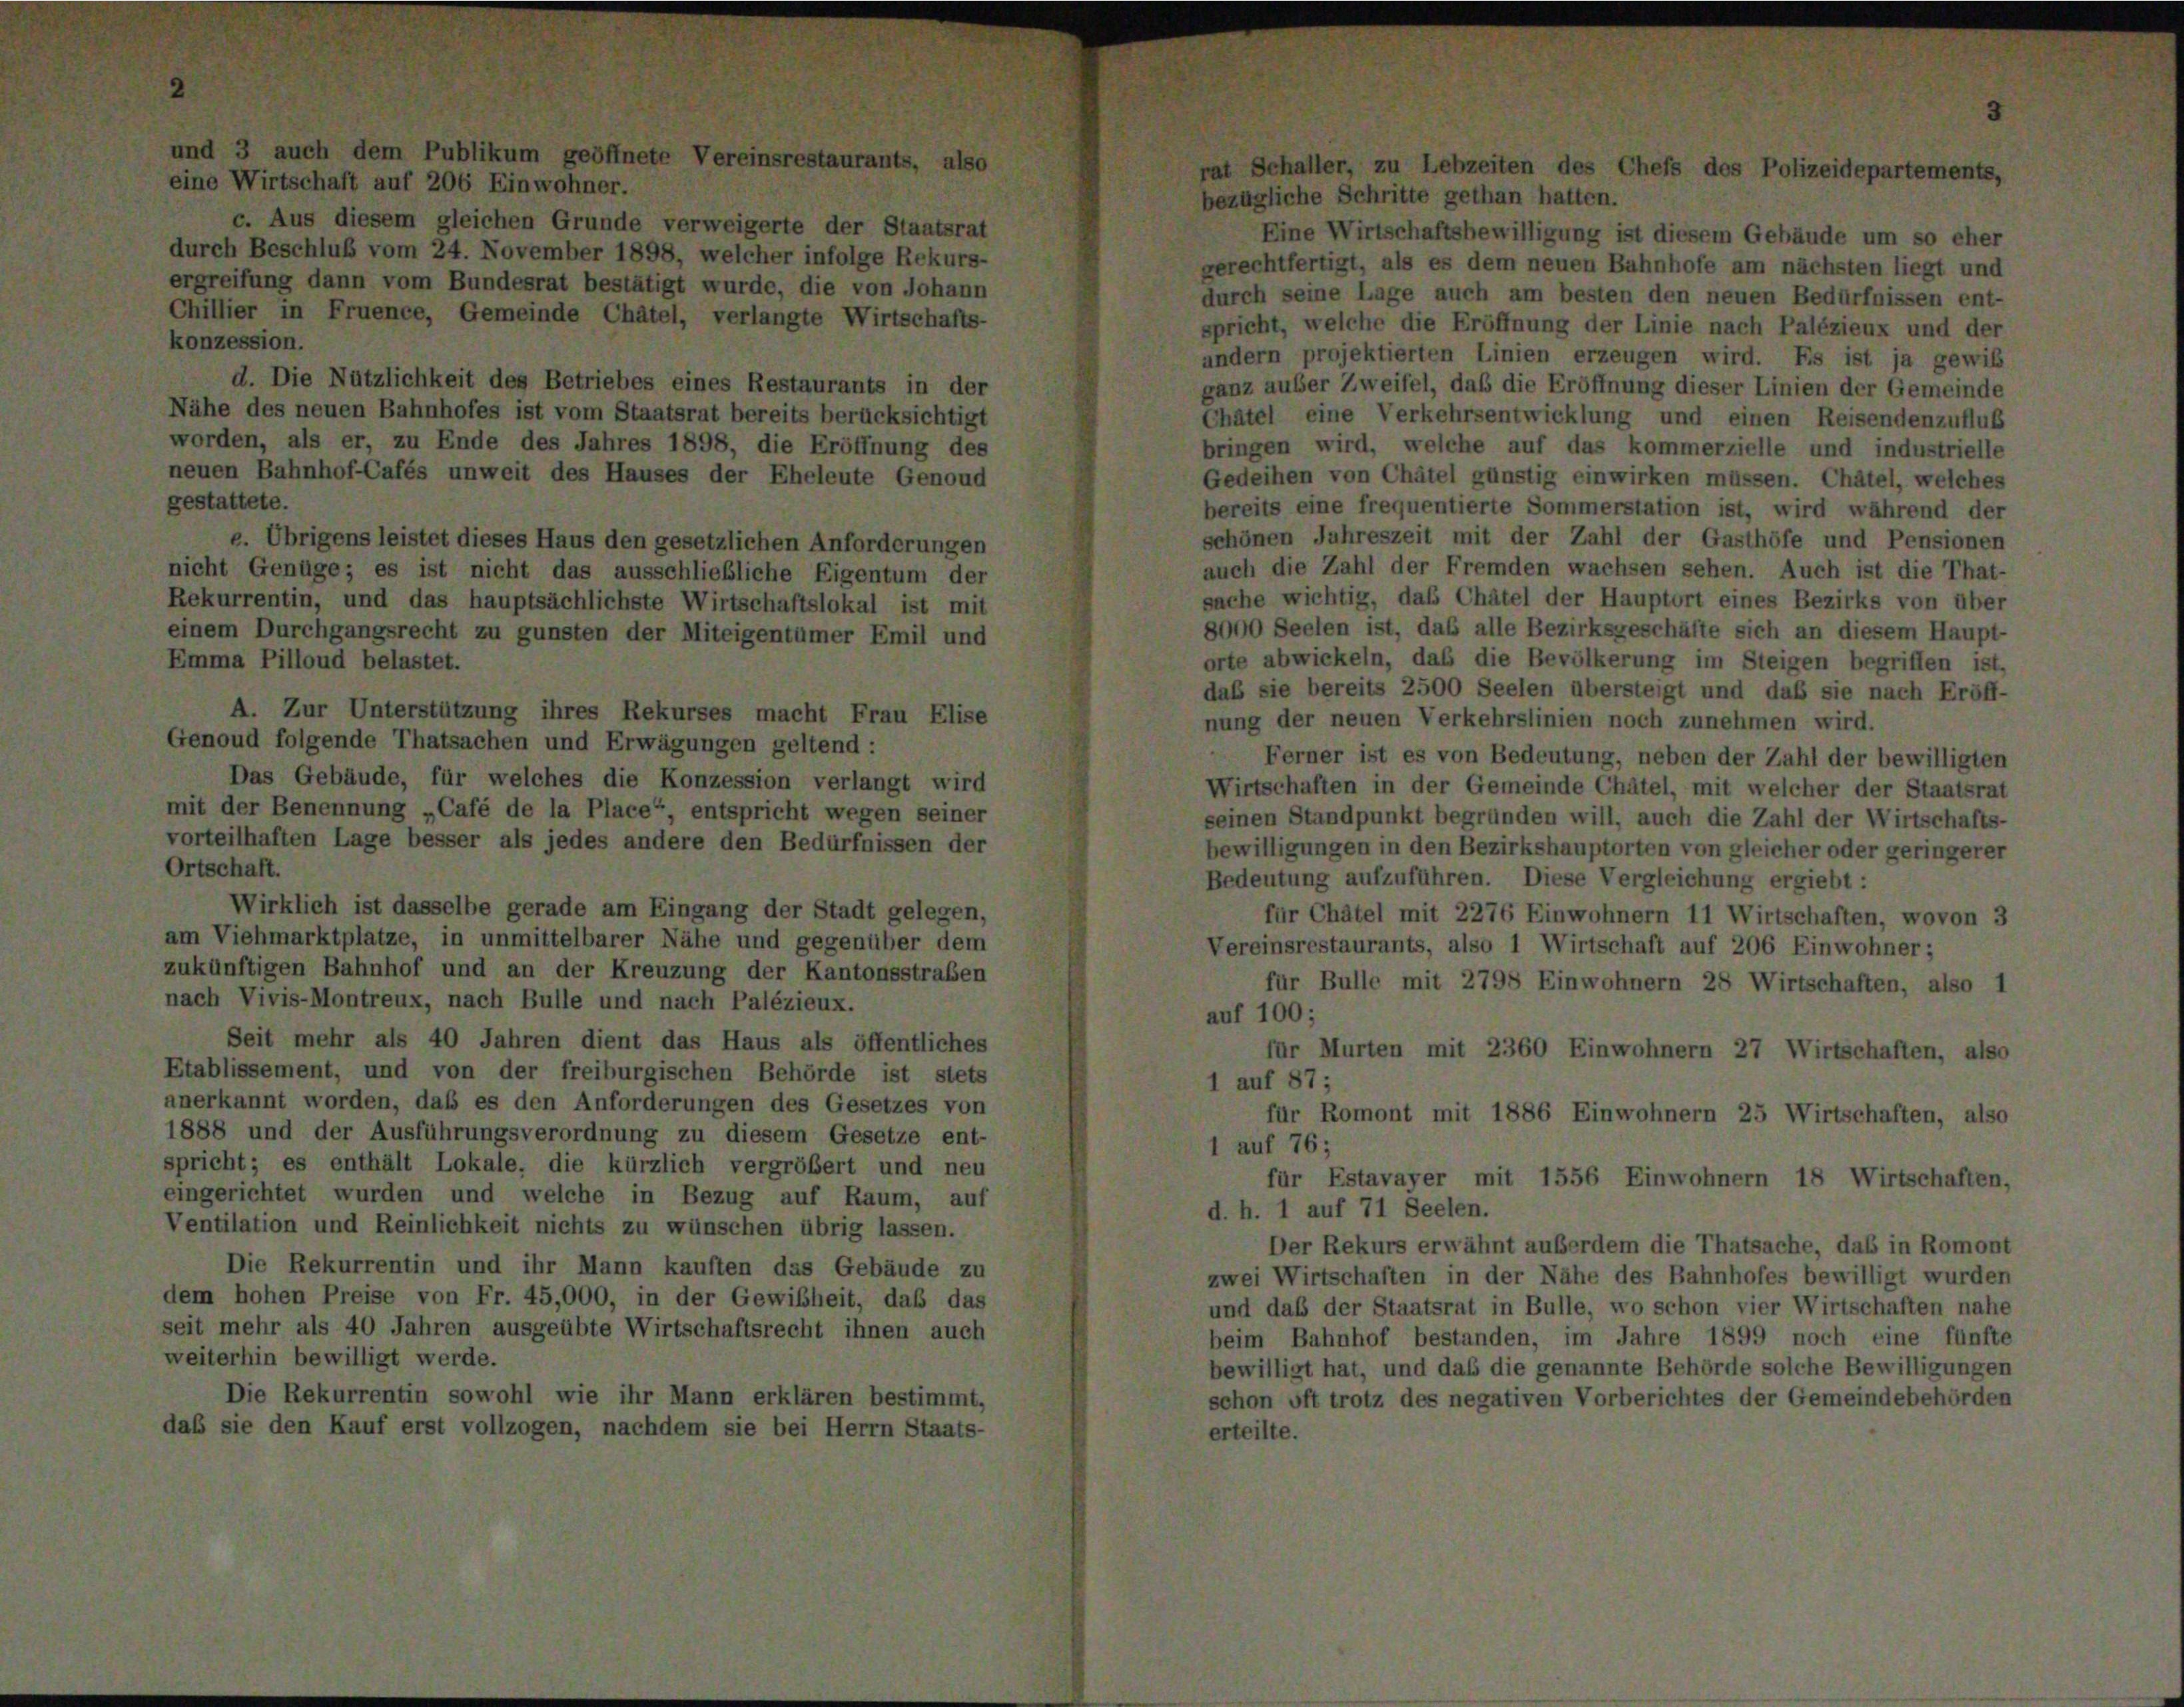
und 3 auch dem Publi
eine Wirtschaft auf 206 Einwohner.

Eine Wirtschaftsbewilligung ist diesem Gebäude um so eher
gerechtfertigt, als es dem neuen Bahnhofe am nächsten liegt und
durch seine Lage auch am besten den neuen Bedürfnissen ent-
spricht, welche die Eröffnung der Linie nach Palézieux und der
andern projektierten Linien erzeugen wird. Es ist ja gewiß
d. Die Nützlichkeit des Betriebes eines Restaurants in der
ganz außer Zweifel, daß die Eröffnung dieser Linien der Gemeinde
Nähe des neuen Bahnhofes ist vom Staatsrat bereits berücksichtigt
Chatel eine Verkehrsentwicklung und einen Reisendenzufluß
worden, als er, zu Ende des Jahres 1898, die Eröffnung des
bringen wird, welche auf das kommerzielle und industrielle
neuen Bahnhof-Cafés unweit des Hauses der Eheleute Genoud
Gedeihen von Châtel günstig einwirken müssen. Châtel, welches
gestattete.
bereits eine frequentierte Sommerstation ist, wird während der
schönen Jahreszeit mit der Zahl der Gasthöfe und Pensionen
e. Übrigens leistet dieses Haus den gesetzlichen Anforderungen
auch die Zahl der Fremden wachsen sehen. Auch ist die That-
nicht Genüge; es ist nicht das ausschließliche Eigentum der
sache wichtig, das Châtel der Hauptort eines Bezirks von über
Rekurrentin, und das hauptsächlichste Wirtschaftslokal ist mit
8000 Seelen ist, das alle Bezirksgeschäfte sich an diesem Haupt-
einem Durchgangsrecht zu gunsten der Miteigentümer Emil und
orte abwickeln, das die Bevölkerung im Steigen begriffen ist,
Emma Pilloud belastet.
daß sie bereits 2500 Seelen übersteigt und daß sie nach Eröff-
A. Zur Unterstützung ihres Rekurses macht Frau Elise
nung der neuen Verkehrslinien noch zunehmen wird.
Genoud folgende Thatsachen und Erwägungen geltend :
Ferner ist es von Bedeutung, neben der Zahl der bewilligten
Das Gebäude, für welches die Konzession verlangt wird
Wirtschaften in der Gemeinde Châtel, mit welcher der Staatsrat
mit der Benennung „Café de la Place“, entspricht wegen seiner
seinen Standpunkt begründen will, auch die Zahl der Wirtschafts-
vorteilhaften Lage besser als jedes andere den Bedürfnissen der
bewilligungen in den Bezirkshauptorten von gleicher oder geringerer
Ortschaft.
Bedeutung aufzuführen. Diese Vergleichung ergiebt:
Wirklich ist dasselbe gerade am Eingang der Stadt gelegen,
für Châtel mit 2276 Einwohnern 11 Wirtschaften, wovon 3
am Viehmarktplatze, in unmittelbarer Nähe und gegenüber dem
Vereinsrestaurants, also 1 Wirtschaft auf 206 Einwohner;
zukünftigen Bahnhof und an der Kreuzung der Kantonsstraßen
für Bulle mit 2798 Einwohnern 28 Wirtschaften, also 1
nach Vivis-Montreux, nach Bulle und nach Palézieux.
auf 100;
Seit mehr als 40 Jahren dient das Haus als öffentliches
für Murten mit 2360 Einwohnern 27 Wirtschaften, also
Etablissement, und von der freiburgischen Behörde ist stets
1 auf 87;
anerkannt worden, daß es den Anforderungen des Gesetzes von
für Romont mit 1886 Einwohnern 25 Wirtschaften, also
1888 und der Ausführungsverordnung zu diesem Gesetze ent-
1 auf 76;
spricht; es enthält Lokale, die kürzlich vergrößert und neu
für Estavayer mit 1556 Einwohnern 18 Wirtschaften,
eingerichtet wurden und welche in Bezug auf Raum, auf
d. h. 1 auf 71 Seelen.
Ventilation und Reinlichkeit nichts zu wünschen übrig lassen.
Der Rekurs erwähnt außerdem die Thatsache, daß in Romont
Die Rekurrentin und ihr Mann kauften das Gebäude zu
zwei Wirtschaften in der Nähe des Bahnhofes bewilligt wurden
dem hohen Preise von Fr. 45,000, in der Gewißheit, daß das
und daß der Staatsrat in Bulle, wo schon vier Wirtschaften nahe
seit mehr als 40 Jahren ausgeübte Wirtschaftsrecht ihnen auch
beim Bahnhof bestanden, im Jahre 1899 noch eine fünfte
weiterhin bewilligt werde.
bewilligt hat, und das die genannte Behörde solche Bewilligungen
Die Rekurrentin sowohl wie ihr Mann erklären bestimmt,
schon oft trotz des negativen Vorberichtes der Gemeindebehörden
daß sie den Kauf erst vollzogen, nachdem sie bei Herrn Staats-
erteilte.

m

c. Aus diesem gleichen Grunde verweigerte der Staatsrat
durch Beschluß vom 24. November 1898, welcher infolge Rekurs-
ergreifung dann vom Bundesrat bestätigt wurde, die von Johann
Chillier in Fruence, Gemeinde Châtel, verlangte Wirtschafts-
konzession.

Schaller, zu Lebzeiten des Chefs
zügliche Schritte gethan hatten.